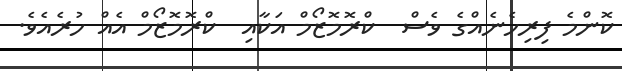
ކޮންމެ ފިރިހެނެއްގެ ވެސް  ކްރޮމޮޒޯމް އަކާއި  ކްރޮމޮޒޯމް އެއް ހުރެއެވެ.